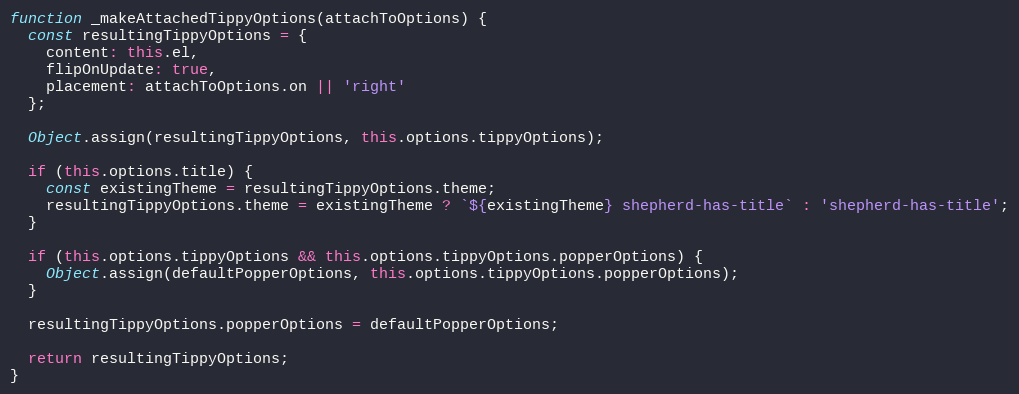
Language: JavaScript
function _makeAttachedTippyOptions(attachToOptions) {
  const resultingTippyOptions = {
    content: this.el,
    flipOnUpdate: true,
    placement: attachToOptions.on || 'right'
  };

  Object.assign(resultingTippyOptions, this.options.tippyOptions);

  if (this.options.title) {
    const existingTheme = resultingTippyOptions.theme;
    resultingTippyOptions.theme = existingTheme ? `${existingTheme} shepherd-has-title` : 'shepherd-has-title';
  }

  if (this.options.tippyOptions && this.options.tippyOptions.popperOptions) {
    Object.assign(defaultPopperOptions, this.options.tippyOptions.popperOptions);
  }

  resultingTippyOptions.popperOptions = defaultPopperOptions;

  return resultingTippyOptions;
}